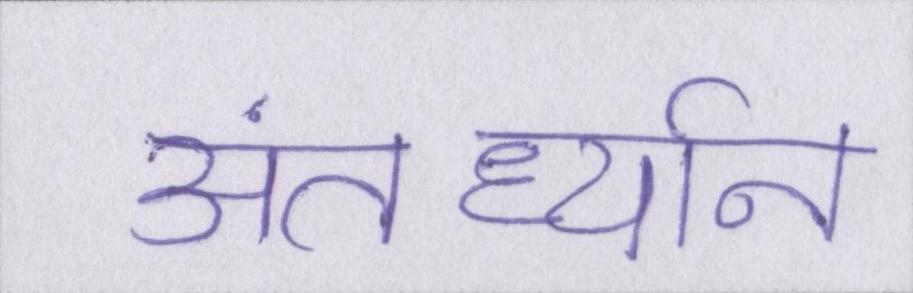
अंतर्ध्यान